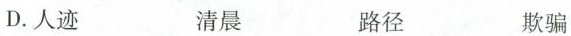
D.人迹 清晨 路径 欺骗